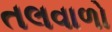
તલવાળો